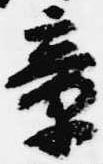
章